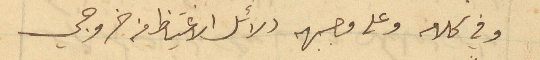
وفي كلامه وعلى وجهه دلائل الاغتياظ من خروجي